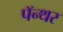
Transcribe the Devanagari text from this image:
पॅन्थर